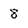
Character: 8